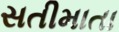
સતીમાતા